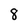
Character: 8